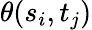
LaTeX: \theta(s_{i},t_{j})